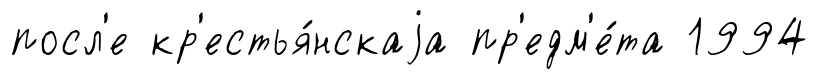
посл'е кр'естья́нскаjа пр'едм'е́та 1994